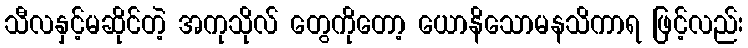
သီလနှင့်မဆိုင်တဲ့ အကုသိုလ် တွေကိုတော့ ယောနိသောမနသိကာရ ဖြင့်လည်း